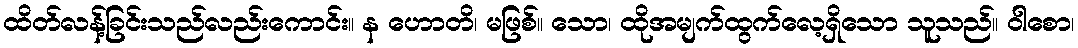
ထိတ်လန့်ခြင်းသည်လည်းကောင်း။ န ဟောတိ၊ မဖြစ်။ သော၊ ထိုအမျက်ထွက်လေ့ရှိသော သူသည်။ ဝါစော၊